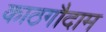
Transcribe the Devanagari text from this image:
काठगौदाम